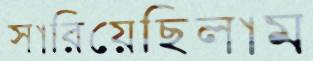
সারিয়েছিলাম